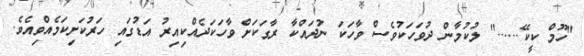
"ހޫމް ކީކޭ......" ލުކުމާން ދުވަހަކުވެސް ވާހަކަ ނުދައްކާ ރާގަކަށް ވާހަކަދެއްކިއިރު އަޑުގައި ހަރުކަށިކަމެއްވިއެވެ.